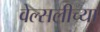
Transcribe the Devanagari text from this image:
वेल्सलीच्या